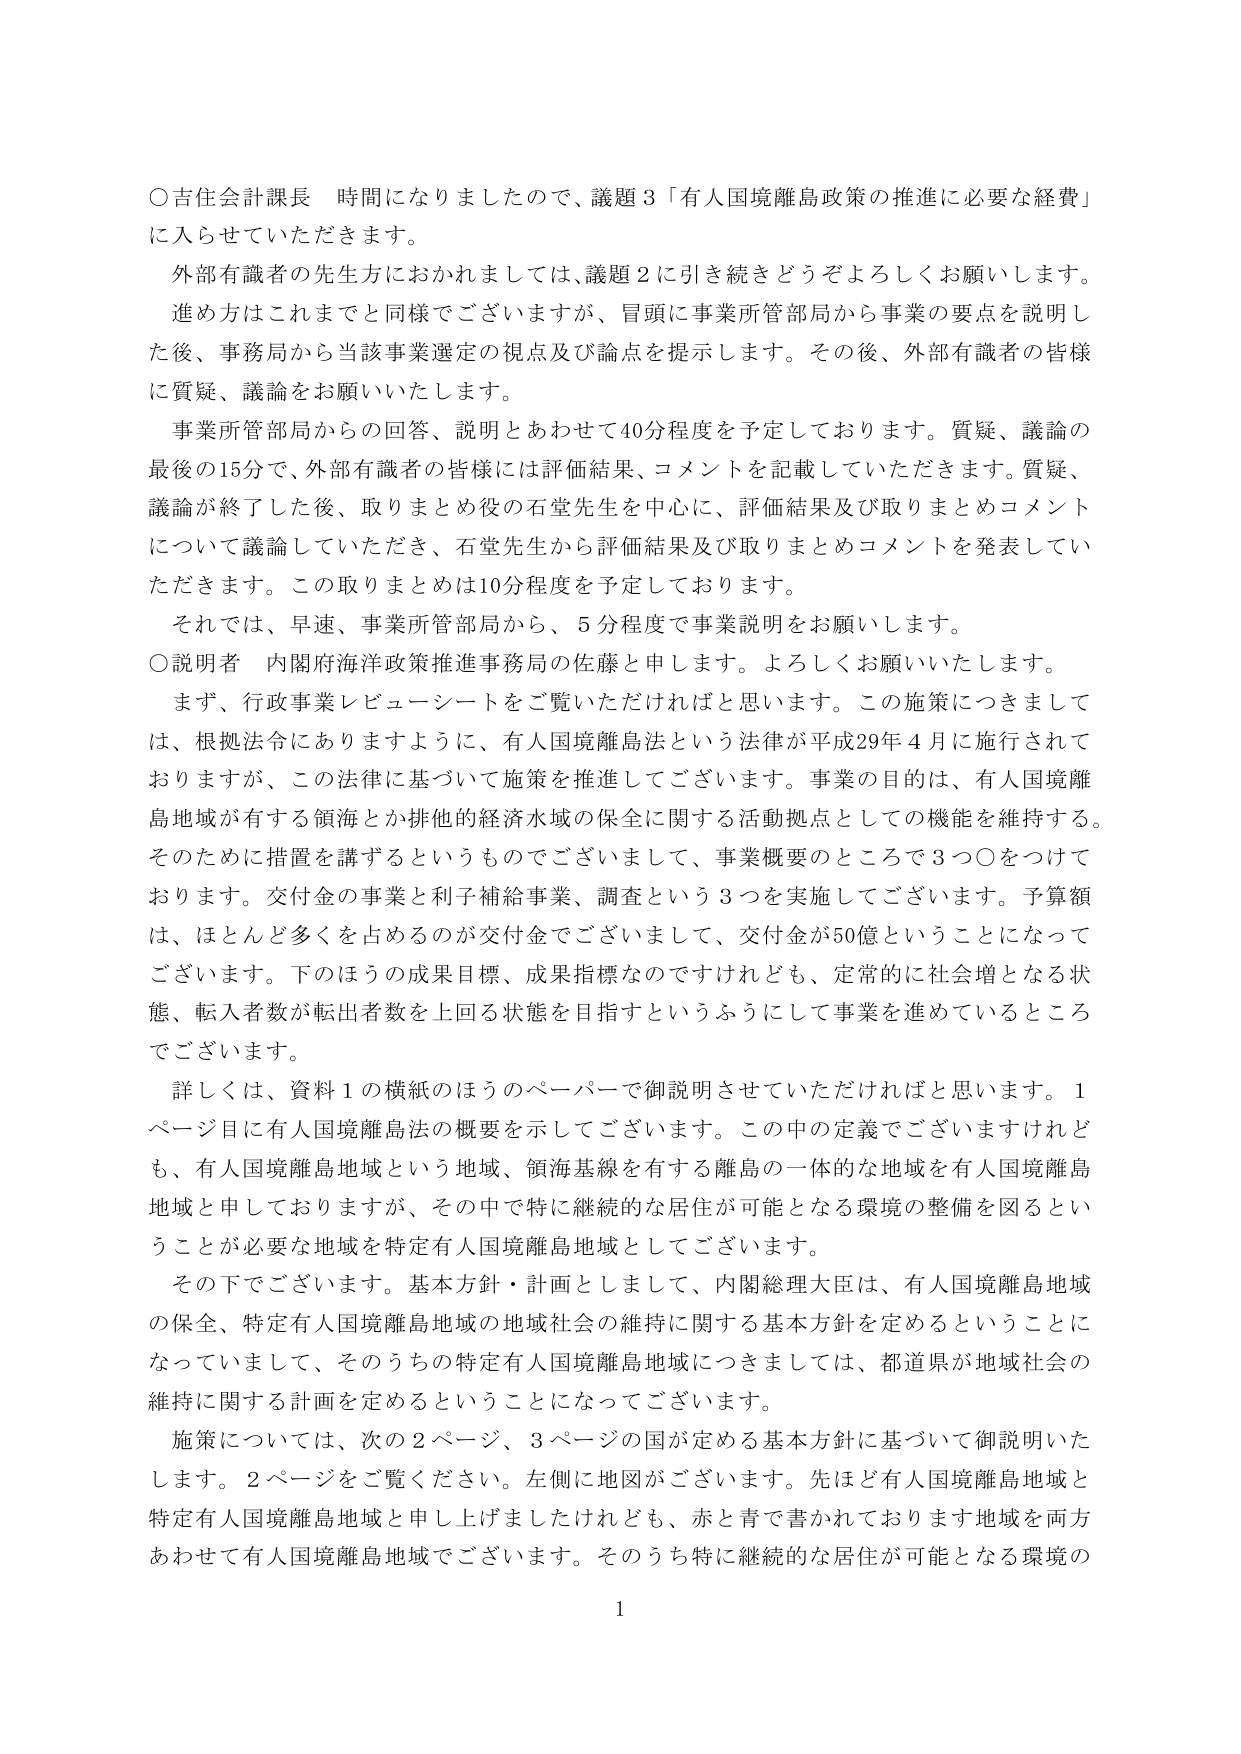
〇吉住会計課長 時間になりましたので、議題３「有人国境離島政策の推進に必要な経費」に入らせていただきます。

外部有識者の先生方におかれましては、議題２に引き続きどうぞよろしくお願いします。

進め方はこれまでと同様でございますが、冒頭に事業所管部局から事業の要点を説明した後、事務局から当該事業選定の視点及び論点を提示します。その後、外部有識者の皆様に質疑、議論をお願いいたします。

事業所管部局からの回答、説明とあわせて40分程度を予定しております。質疑、議論の最後の15分で、外部有識者の皆様には評価結果、コメントを記載していただきます。質疑、議論が終了した後、取りまとめ役の石堂先生を中心に、評価結果及び取りまとめコメントについて議論していただき、石堂先生から評価結果及び取りまとめコメントを発表していただきます。この取りまとめは10分程度を予定しております。

それでは、早速、事業所管部局から、5分程度で事業説明をお願いします。

〇説明者 内閣府海洋政策推進事務局の佐藤と申します。よろしくお願いいたします。

まず、行政事業レビューーシートをご覧いただければと思います。この施策につきましては、根拠法令にありますように、有人国境離島法という法律が平成29年4月に施行されておりますが、この法律に基づいて施策を推進してございます。事業の目的は、有人国境離島地域が有する領海とか排他的経済水域の保全に関する活動拠点としての機能を維持する。そのために措置を講ずるというものですのでございまして、事業概要のところで3つ〇をつけております。交付金の事業と利子補給事業、調査という3つを実施してございます。予算額は、ほとんど多くを占めるのが交付金でございまして、交付金が50億ということになってございます。下のほうの成果目標、成果指標なのですがけれども、定常的に社会増となる状態、転入者数が転出者数を上回る状態を目指すというふうにして事業を進めているところでございます。

詳しくは、資料１の横紙のほうのペーパーで御説明させていただければと思います。1ページ目に有人国境離島法の概要を示してございます。この中の定義でございますけれども、有人国境離島地域という地域、領海基線を有する離島の一体的な地域を有人国境離島地域と申しておりますが、その中で特に継続的な居住が可能となる環境の整備を図るということが必要な地域を特定有人国境離島地域としてございます。

その下でございます。基本方針・計画としまして、内閣総理大臣は、有人国境離島地域の保全、特定有人国境離島地域の地域社会の維持に関する基本方針を定めるということになっていまして、そのうちの特定有人国境離島地域につきましては、都道県が地域社会の維持に関する計画を定めるということになってございます。

施策については、次の2ページ、3ページの国が定める基本方針に基づいて御説明いたします。2ページをご覧ください。左側に地図がございます。先ほど有人国境離島地域と特定有人国境離島地域と申し上げましたけれども、赤と青で書かれております地域を両方あわせて有人国境離島地域でございます。そのうち特に継続的な居住が可能となる環境の

1